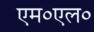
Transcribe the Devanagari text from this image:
एम०एल०